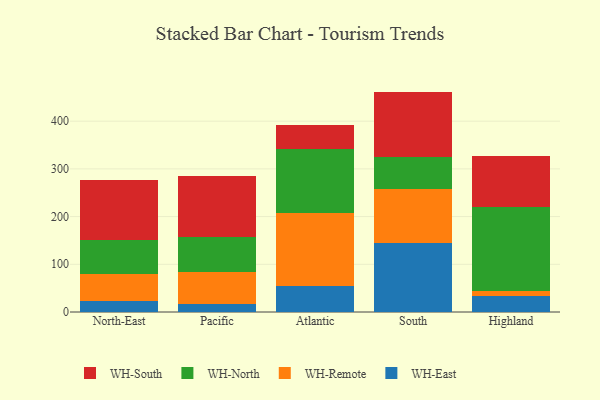
{"axis": {"x": "Region", "y": "Production Output"}, "legend": ["WH-East", "WH-North", "WH-Remote", "WH-South"], "data": [{"x": "North-East", "y": 23.9, "type": "WH-East"}, {"x": "North-East", "y": 56.0, "type": "WH-Remote"}, {"x": "North-East", "y": 70.3, "type": "WH-North"}, {"x": "North-East", "y": 127.1, "type": "WH-South"}, {"x": "Pacific", "y": 16.2, "type": "WH-East"}, {"x": "Pacific", "y": 68.7, "type": "WH-Remote"}, {"x": "Pacific", "y": 72.6, "type": "WH-North"}, {"x": "Pacific", "y": 127.4, "type": "WH-South"}, {"x": "Atlantic", "y": 53.7, "type": "WH-East"}, {"x": "Atlantic", "y": 154.0, "type": "WH-Remote"}, {"x": "Atlantic", "y": 133.1, "type": "WH-North"}, {"x": "Atlantic", "y": 52.1, "type": "WH-South"}, {"x": "South", "y": 144.4, "type": "WH-East"}, {"x": "South", "y": 114.2, "type": "WH-Remote"}, {"x": "South", "y": 65.4, "type": "WH-North"}, {"x": "South", "y": 138.0, "type": "WH-South"}, {"x": "Highland", "y": 34.1, "type": "WH-East"}, {"x": "Highland", "y": 9.9, "type": "WH-Remote"}, {"x": "Highland", "y": 175.3, "type": "WH-North"}, {"x": "Highland", "y": 107.8, "type": "WH-South"}]}